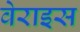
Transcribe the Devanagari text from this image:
वेराइस